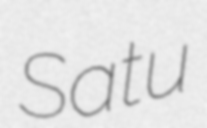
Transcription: Satu